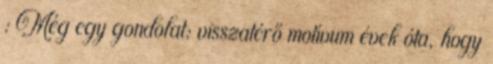
: Még egy gondolat: visszatérő motívum évek óta, hogy